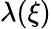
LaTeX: \lambda(\xi)